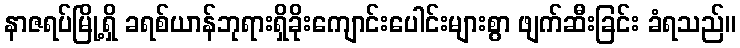
နာဇရပ်မြို့ရှိ ခရစ်ယာန်ဘုရားရှိခိုးကျောင်းပေါင်းများစွာ ဖျက်ဆီးခြင်း ခံရသည်။